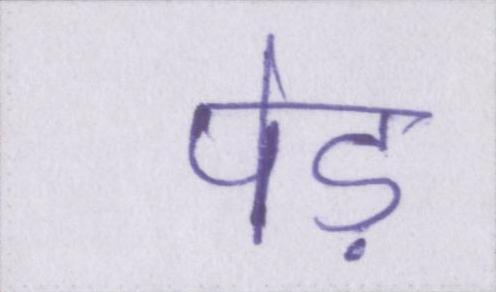
पेड़